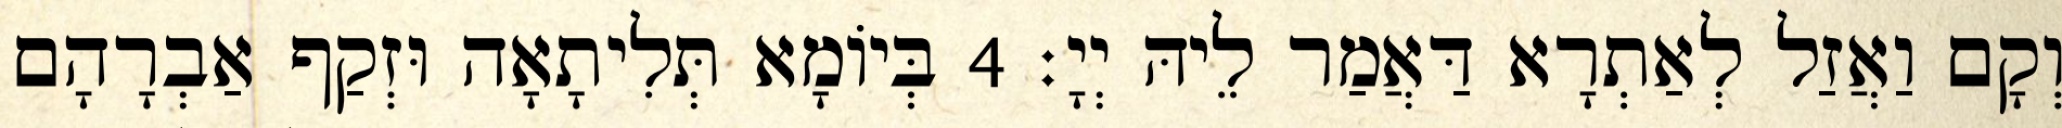
וְקָם וַאֲזַל לְאַתְרָא דַּאֲמַר לֵיהּ יְיָ׃ 4 בְּיוֹמָא תְּלִיתָאָה וּזְקַף אַבְרָהָם